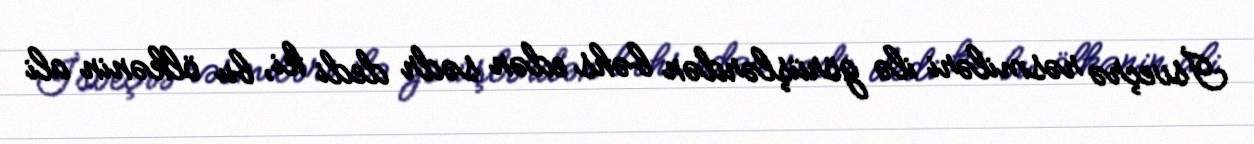
İsveçrə rəsmiləri ilə görüşlərdən bəhs edən sədr dedi ki, bu ölkənin ali